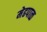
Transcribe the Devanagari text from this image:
मेढपाळ